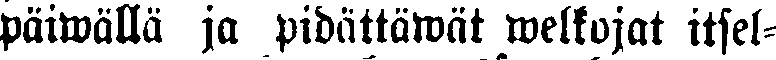
päiwällä ja pidättäwät welkojat itsel-